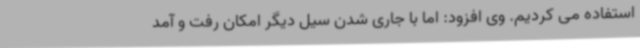
استفاده می کردیم. وی افزود: اما با جاری شدن سیل دیگر امکان رفت و آمد